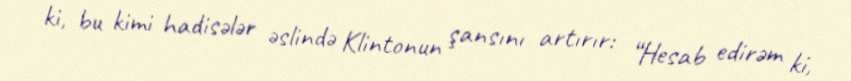
ki, bu kimi hadisələr əslində Klintonun şansını artırır: “Hesab edirəm ki,